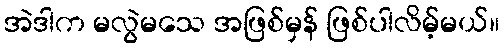
အဲဒါက မလွဲမသေ အဖြစ်မှန် ဖြစ်ပါလိမ့်မယ်။